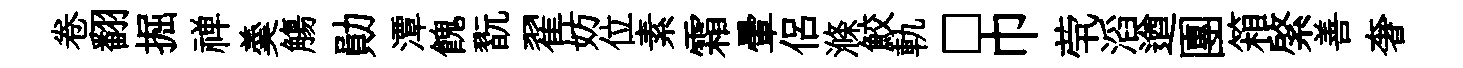
卷翻掘禅羮觴勛潭餽翫翟妨位素霜暈侣滌鮫軌□巾茕滔遒團箱綮善奢